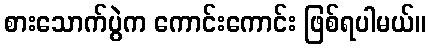
စားသောက်ပွဲက ကောင်းကောင်း ဖြစ်ရပါမယ်။